Civil Veterinary Department Bihar & Orissa reports 1911-21 - 1911-1921
Year: 1911
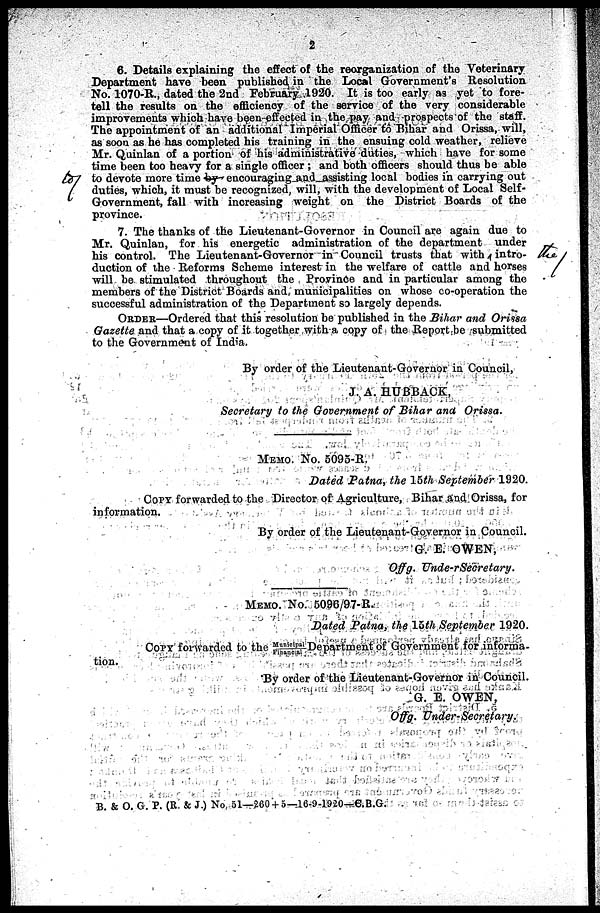
2
6. Details explaining the effect of the reorganization of the Veterinary
Department have been published in the Local Government's Resolution
No. 1070-R., dated the 2nd February 1920. It is too early as yet to fore-
tell the results on the efficiency of the service of the very considerable
improvements which have been effected in the pay and prospects of the staff.
The appointment of an additional Imperial Officer to Bihar and Orissa, will,
as soon as he has completed his training in the ensuing cold weather, relieve
Mr. Quinlan of a portion of his administrative duties, which have for some
time been too heavy for a single officer ; and both officers should thus be able
to devote more time by encouraging and assisting local bodies in carrying out
duties, which, it must be recognized, will, with the development of Local Self-
Government, fall with increasing weight on the District Boards of the
province.
7. The thanks of the Lieutenant-Governor in Council are again duo to
Mr. Quinlan, for his energetic administration of the department under
his control. The Lieutenant-Governor in Council trusts that with intro-
duction of the Reforms Scheme interest in the welfare of cattle and horses
will bo stimulated throughout the Province and in particular among the
members of the District Boards and, municipalities on whose co-operation the
successful administration of the Department SO largely depends.
ORDER—Ordered that this resolution be published in the Bihar and Orissa
Gazette and that a copy of it together with a copy of the Report be submitted
to the Government of India.
By order of the Lieutenant-Governor in Council,
J. A. HUBBACK,
Secretary to the Government of Bihar ana Orissa.
MEMO. NO. 5095-R.
Dated Patna, the 15th September 1920.
COPY forwarded to the Director of Agriculture, Bihar and Orissa, for
information.
By order of the Lieutenant-Governor in Council.
G. E. OWEN,
Off 9- Unde-rSecretary.
MEMO. No. 5096/97-R.
Dated Patna, the 15th September 1920.
COPY forwarded to the Muni ci pal / Fi nanci al Department of Government for informa-
tion.
By order of the Lieutenant-Governor in Council.
G. E. OWEN,
Offg. Under-Secretary.
B. & O. G. P. (R & J.) No 51—260 +5—16.0-1920—e.B.G.